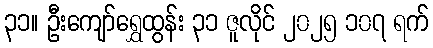
၃၁။ ဦးကျော်ရွှေထွန်း ၃၁ ဇူလိုင် ၂၀၂၅ ၁၀၇ ရက်